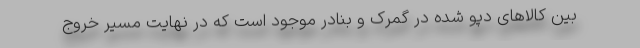
بین کالاهای دپو شده در گمرک و بنادر موجود است که در نهایت مسیر خروج